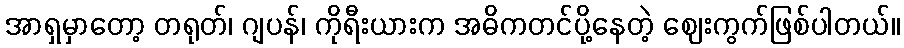
အာရှမှာတော့ တရုတ်၊ ဂျပန်၊ ကိုရီးယားက အဓိကတင်ပို့နေတဲ့ ဈေးကွက်ဖြစ်ပါတယ်။